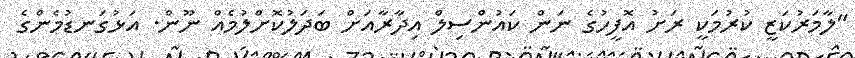
"ލާމަރުކަޒީ ކުރުމަކީ ރަށު އޮފީހުގެ ނަން ކައުންސިލް އިދާރާއަށް ބަދަލުކޮށްލުމެއް ނޫން. އަޅުގަނޑުމެންގެ